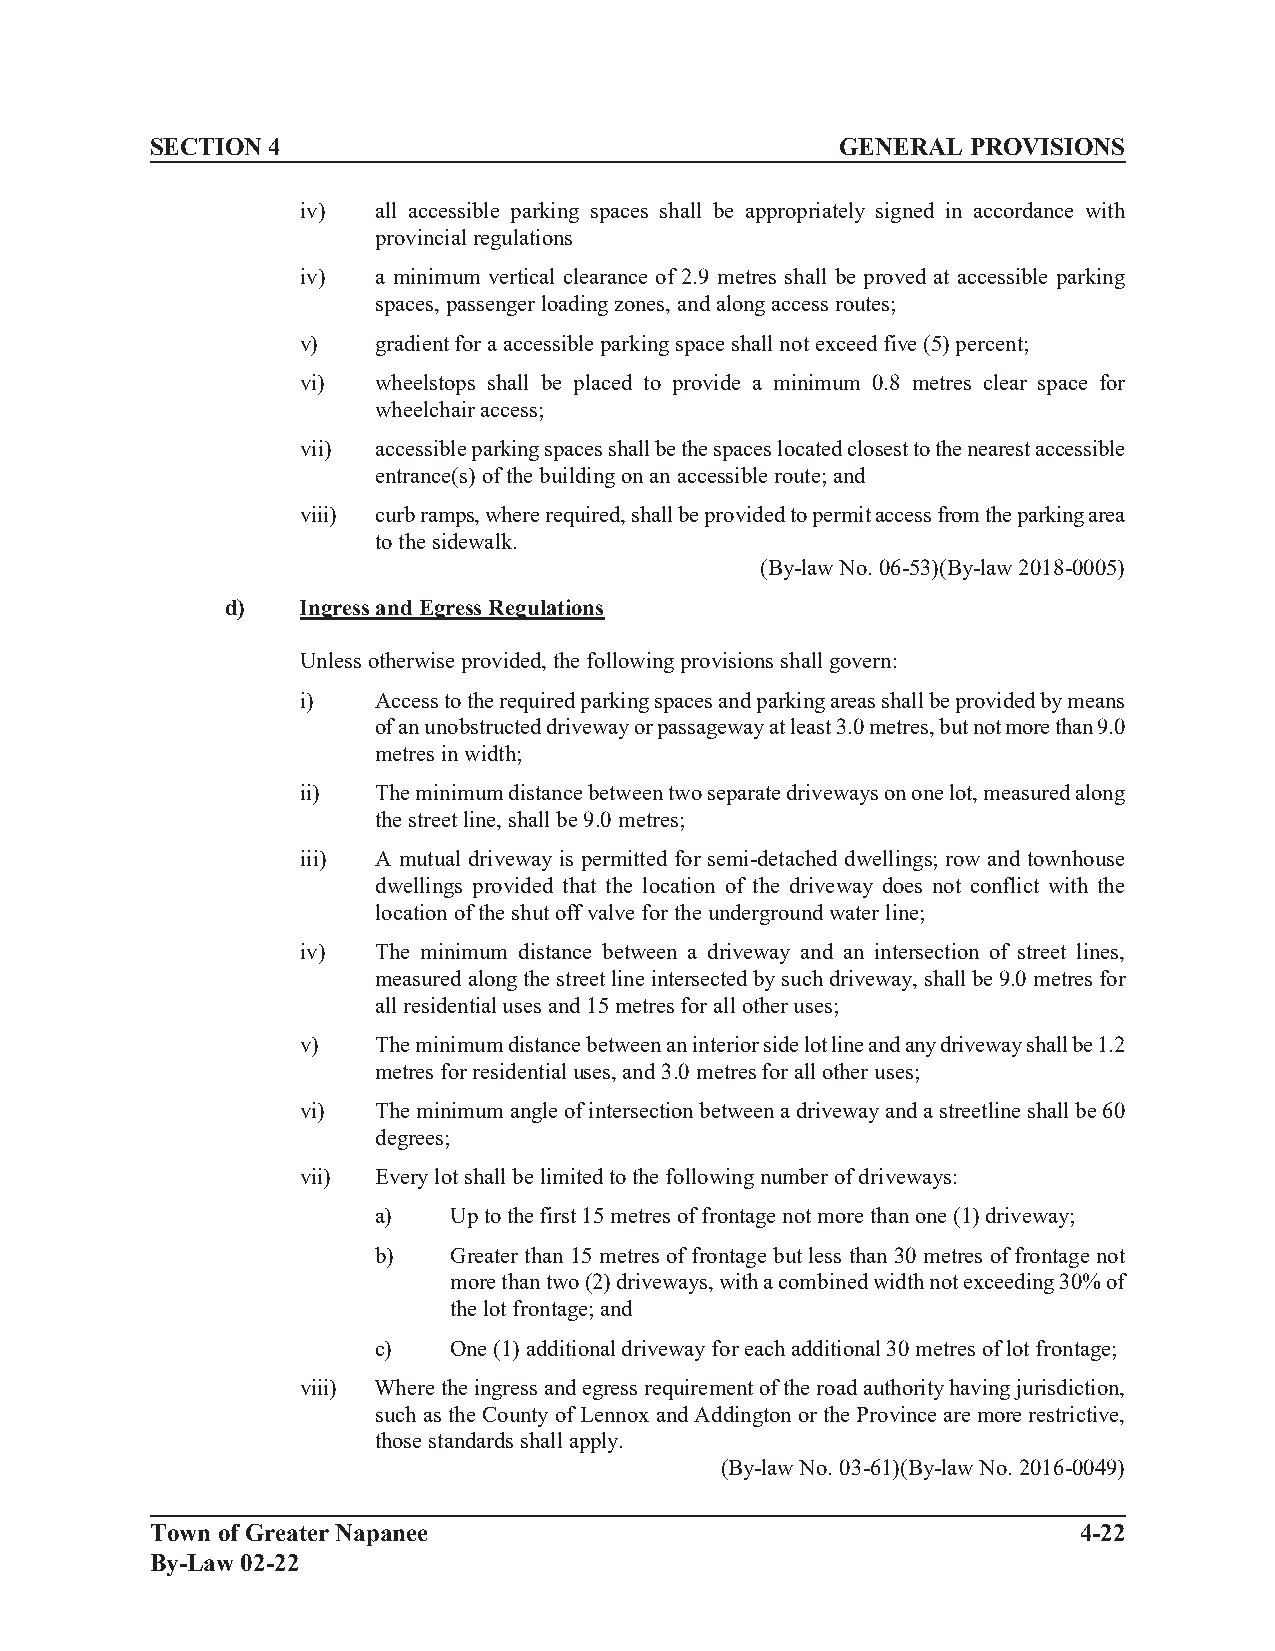
SECTION 4                                     GENERAL PROVISIONS
 iv)  all accessible parking spaces shall be appropriately signed in accordance with
 provincial regulations
 iv)  a minimum vertical clearance of 2.9 metres shall be proved at accessible parking
 spaces, passenger loading zones, and along access routes;
 v)   gradient for a accessible parking space shall not exceed five (5) percent;
 vi)  wheelstops shall be placed to provide a minimum 0.8 metres clear space for
 wheelchair access;
 vii) accessible parking spaces shall be the spaces located closest to the nearest accessible
 entrance(s) of the building on an accessible route; and
 viii) curb ramps, where required, shall be provided to permit access from the parking area
 to the sidewalk.
 (By-law No. 06-53)(By-law 2018-0005)
 d)   Ingress and Egress Regulations
 Unless otherwise provided, the following provisions shall govern:
 i)   Access to the required parking spaces and parking areas shall be provided by means
 of an unobstructed driveway or passageway at least 3.0 metres, but not more than 9.0
 metres in width;
 ii)  The minimum distance between two separate driveways on one lot, measured along
 the street line, shall be 9.0 metres;
 iii) A mutual driveway is permitted for semi-detached dwellings; row and townhouse
 dwellings provided that the location of the driveway does not conflict with the
 location of the shut off valve for the underground water line;
 iv)  The minimum distance between a driveway and an intersection of street lines,
 measured along the street line intersected by such driveway, shall be 9.0 metres for
 all residential uses and 15 metres for all other uses;
 v)   The minimum distance between an interior side lot line and any driveway shall be 1.2
 metres for residential uses, and 3.0 metres for all other uses;
 vi)  The minimum angle of intersection between a driveway and a streetline shall be 60
 degrees;
 vii) Every lot shall be limited to the following number of driveways:
 a)   Up to the first 15 metres of frontage not more than one (1) driveway;
 b)   Greater than 15 metres of frontage but less than 30 metres of frontage not
 more than two (2) driveways, with a combined width not exceeding 30% of
 the lot frontage; and
 c)   One (1) additional driveway for each additional 30 metres of lot frontage;
 viii) Where the ingress and egress requirement of the road authority having jurisdiction,
 such as the County of Lennox and Addington or the Province are more restrictive,
 those standards shall apply.
 (By-law No. 03-61)(By-law No. 2016-0049)
 Town of Greater Napanee                                      4-22
 By-Law 02-22